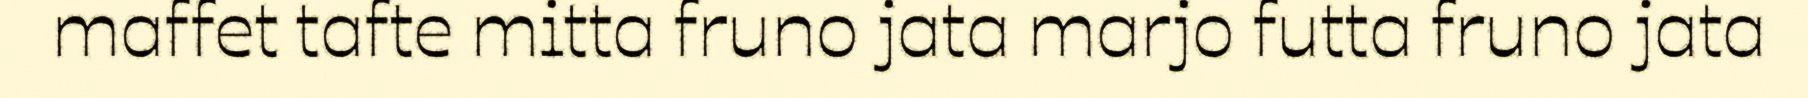
maffet tafte mitta fruno jata marjo futta fruno jata